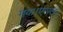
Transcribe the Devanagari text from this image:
गया।एप्पल